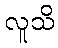
လူသိ